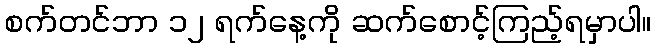
စက်တင်ဘာ ၁၂ ရက်နေ့ကို ဆက်စောင့်ကြည့်ရမှာပါ။